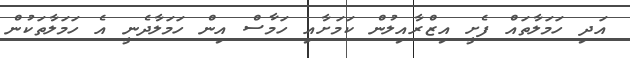
އަދި ހަމަލާތައް ފެށީ އިޒްރާއިލުން ކަމަށާއި ހަމާސް އިން ހަމަލާދެނީ އެ ހަމަލާތަކުން